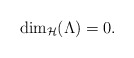
\begin{align*}\dim_{\mathcal{H}}(\Lambda)=0.\end{align*}